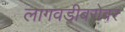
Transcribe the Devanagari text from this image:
लागवडीबरोबर